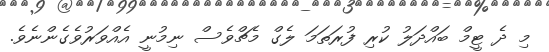
މި ދެ ޓީމް ބައްދަލު ކުރި ފުރަތަމަ ލެގް މެޗްވެސް ނިމުނީ އެއްވަރުވެގެންނެވެ.